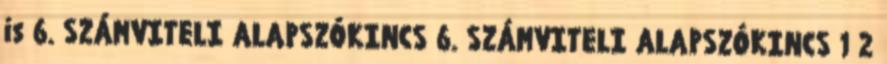
is 6. SZÁMVITELI ALAPSZÓKINCS 6. SZÁMVITELI ALAPSZÓKINCS 1 2